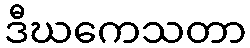
ဒီဃကေသတာ